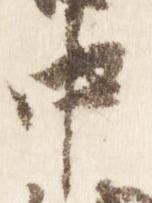
中